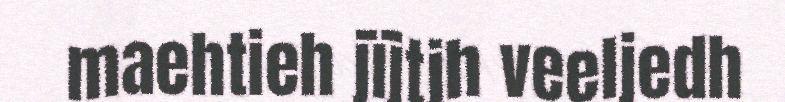
maehtieh jïjtjh veeljedh